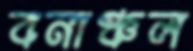
বনাঞ্চল